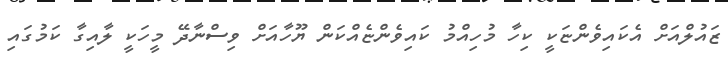
ޒައުލްއަށް އެކައިވެންޏަކީ ކިހާ މުހިއްމު ކައިވެންޏެއްކަން ޔޫހާއަށް ވިސްނާދޭ މީހަކީ ލާއިގާ ކަމުގައި